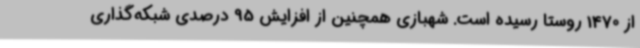
از 1470 روستا رسیده است. شهبازی همچنین از افزایش 95 درصدی شبکه‌گذاری